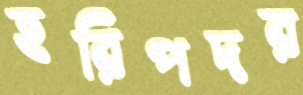
হরিপদর